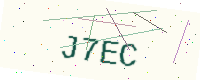
Text: J7EC